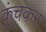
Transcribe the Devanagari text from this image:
कूंचकर